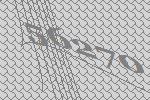
56270